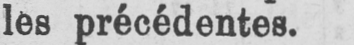
les précédentes.